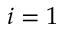
i = 1